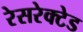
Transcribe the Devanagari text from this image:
रेसरेक्टेड